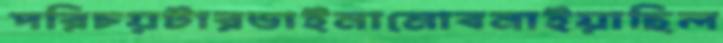
পরিচয়টারডাইনামোবনাইয়াছিল